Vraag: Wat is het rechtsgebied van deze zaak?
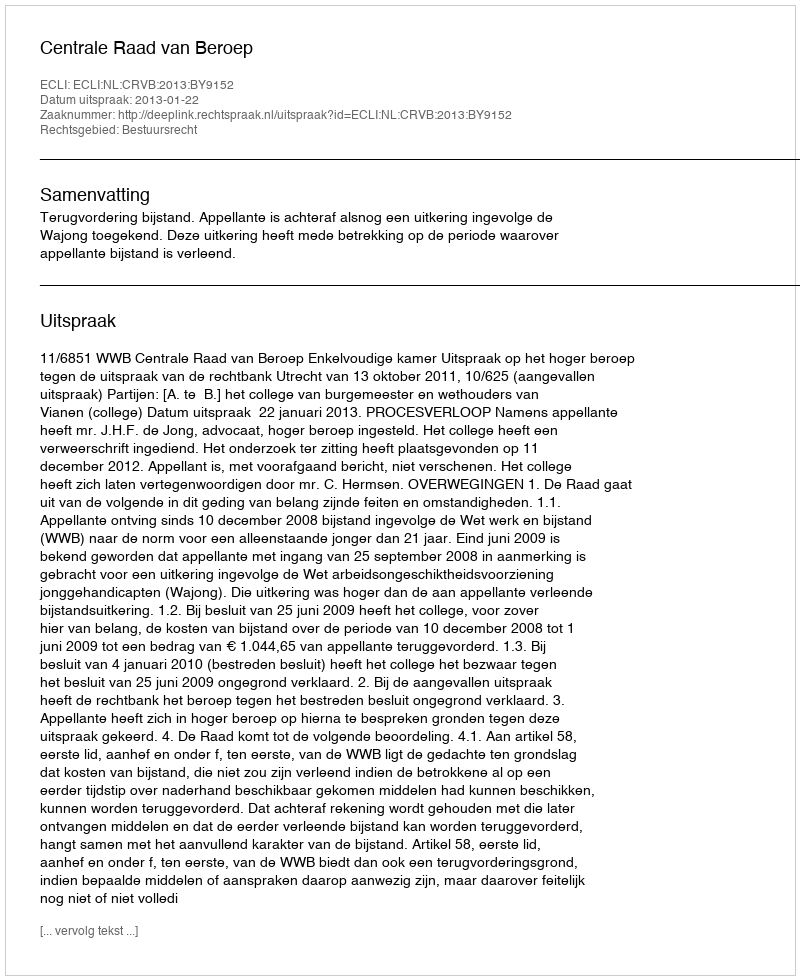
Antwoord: Bestuursrecht